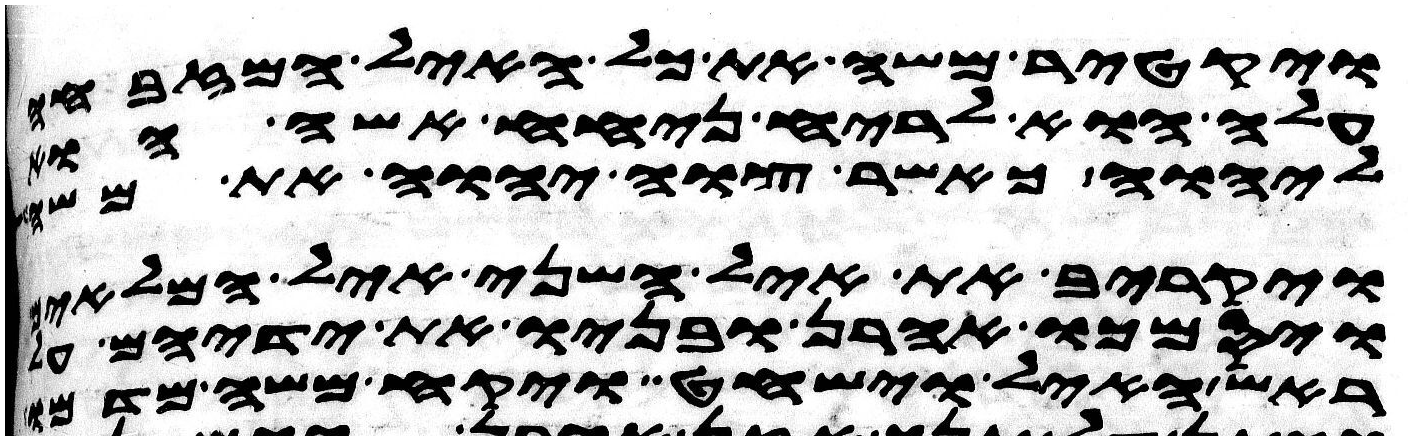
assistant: ויקטר משה את כל האיל המזבחה
עלה הוא לריח ניחח אשה הוא
ליהוה כאשר צוה יהוה את משה
ויקריב את איל השני איל המלאים
ויסמכו אהרן ובניו את ידיהם על
ראש האיל וישחט ויקח משה מדמו